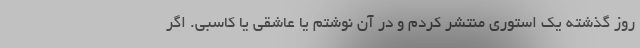
روز گذشته یک استوری منتشر کردم و در آن نوشتم یا عاشقی یا کاسبی. اگر